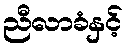
ညီလာခံနှင့်